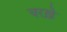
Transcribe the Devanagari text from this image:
चरख़े